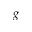
g